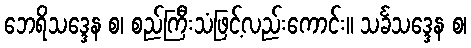
ဘေရိသဒ္ဒေန စ၊ စည်ကြီးသံဖြင့်လည်းကောင်း။ သင်္ခသဒ္ဒေန စ၊